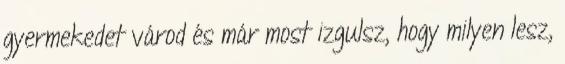
gyermekedet várod és már most izgulsz, hogy milyen lesz,